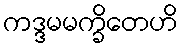
ကဒ္ဒမမက္ခိတေဟိ